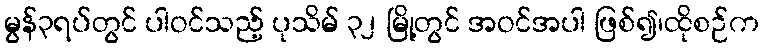
မွန်၃ရပ်တွင် ပါဝင်သည့် ပုသိမ် ၃၂ မြို့တွင် အဝင်အပါ ဖြစ်၍၊ထိုစဉ်က